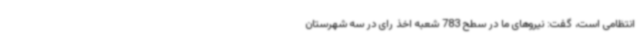
انتظامی است، گفت: نیروهای ما در سطح 783 شعبه اخذ رای در سه شهرستان